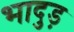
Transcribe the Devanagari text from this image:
भादुड़